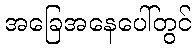
အခြေအနေပေါ်တွင်